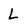
Character: L